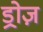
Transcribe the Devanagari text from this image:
ड्रोज़